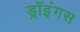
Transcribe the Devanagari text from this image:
ड्रॉइंगस